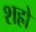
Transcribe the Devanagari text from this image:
शह्रो